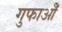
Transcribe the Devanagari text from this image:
गुफाओँ